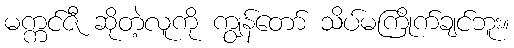
မက္ကင်ဇီ ဆိုတဲ့လူကို ကျွန်တော် သိပ်မကြိုက်ချင်ဘူး။